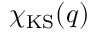
\chi _ { \mathrm { K S } } ( q )